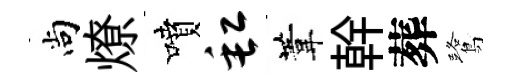
尚燎噴缸葦幹葬鷺